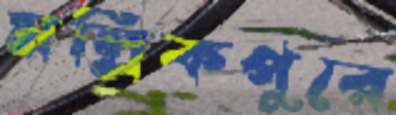
মল্লিকপুরে